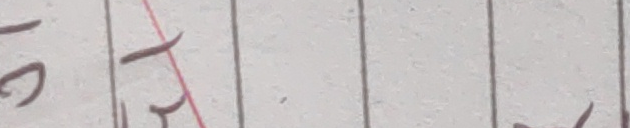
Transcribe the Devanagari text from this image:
एउटा